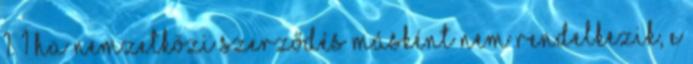
1. 1 Ha nemzetközi szerződés másként nem rendelkezik, e